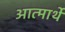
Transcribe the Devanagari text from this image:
आत्मार्थे